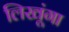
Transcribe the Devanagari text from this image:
लिखूंगा